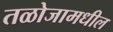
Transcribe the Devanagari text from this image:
तळोजामधील